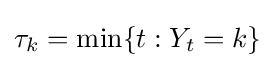
\tau _{k}=\min\{t:Y_{t}=k\}